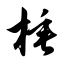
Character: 棰